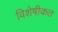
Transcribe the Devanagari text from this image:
विशेषीकत